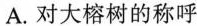
A.对大榕树的称呼